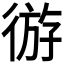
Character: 𫹛